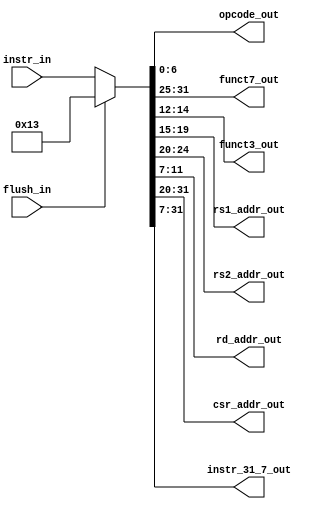
module msrv32_instruction_decoder(input         flush_in,
  				  input  [31:0] instr_in,
   				  output [6:0 ] opcode_out,funct7_out,
			  	  output [2:0 ] funct3_out,
   				  output [4:0 ] rs1_addr_out,rs2_addr_out,rd_addr_out,
 				  output [11:0] csr_addr_out,
 		 		  output [24:0] instr_31_7_out
);
   
   wire [31:0] instr_mux; 


   assign instr_mux = flush_in ? 32'h00000013 : instr_in;  

 
   assign opcode_out       = instr_mux[6:0];   
   assign funct3_out       = instr_mux [14:12];
   assign funct7_out       = instr_mux [31:25];
   assign csr_addr_out     = instr_mux[31:20]; 
   assign rs1_addr_out     = instr_mux[19:15]; 
   assign rs2_addr_out     = instr_mux[24:20]; 
   assign rd_addr_out      = instr_mux[11:7];  
   assign instr_31_7_out = instr_mux[31:7];   	

endmodule